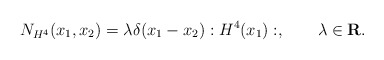
\begin{align*}N_{H^4}(x_{1},x_{2})=\lambda \delta (x_{1}-x_{2}):H^{4}(x_{1}):,\quad \quad\lambda \in \mathbf{R}. \end{align*}